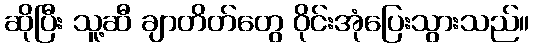
ဆိုပြီး သူ့ဆီ ချာတိတ်တွေ ဝိုင်းအုံပြေးသွားသည်။